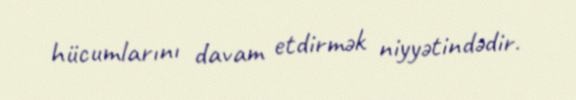
hücumlarını davam etdirmək niyyətindədir.